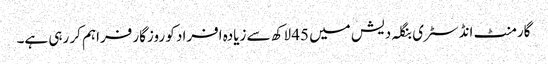
گارمنٹ انڈسٹری بنگلہ دیش میں 45 لاکھ سے زیادہ افراد کو روزگار فراہم کر رہی ہے۔